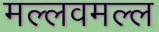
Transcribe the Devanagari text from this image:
मल्लवमल्ल